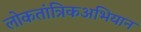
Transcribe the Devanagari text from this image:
लोकतांत्रिकअभियान